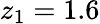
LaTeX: z_{1}=1.6